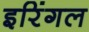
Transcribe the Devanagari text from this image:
इरिंगल